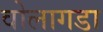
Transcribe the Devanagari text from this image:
वोलागडा